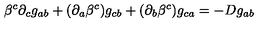
\beta ^ { c } \partial _ { c } g _ { a b } + ( \partial _ { a } \beta ^ { c } ) g _ { c b } + ( \partial _ { b } \beta ^ { c } ) g _ { c a } = - D g _ { a b }